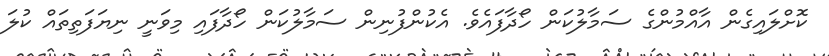
ކޮށްލައިގެން އާއްމުންގެ ސަމާލުކަން ހޯދާފައެވެ. އެކުންފުނިން ސަމާލުކަން ހޯދާފައި މިވަނީ ނިޔަފަތިތައް ކުލަ